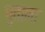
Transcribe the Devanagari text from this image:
मुताला